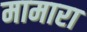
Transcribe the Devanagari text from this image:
मामारा